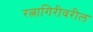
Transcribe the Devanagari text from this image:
रत्नागिरीवरील